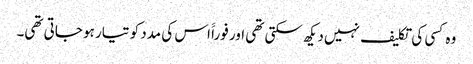
وہ کسی کی تکلیف نہیں دیکھ سکتی تھی اور فوراََ اس کی مدد کو تیار ہو جاتی تھی۔